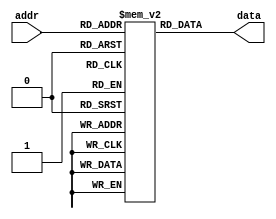
module rom_9(
    input [4:0] addr, 
    output [22:0] data);
    reg  [22:0] mem[17:0];
    initial
        begin
            mem[00] = 23'b00000001000000000000011;
            mem[01] = 23'b00000010000000000001100;
            mem[02] = 23'b00000011000001100000000;
            mem[03] = 23'b00101100000000000000000;
            mem[04] = 23'b01000110000000000000000;
            mem[05] = 23'b00000110000010100100000;
            mem[06] = 23'b01101001000000000000000;
            mem[07] = 23'b00001000001000000000000;
            mem[08] = 23'b10001010000000000000000;
            mem[09] = 23'b00001010001100000000000;
            mem[10] = 23'b00001011010001101010000;
            mem[11] = 23'b10000011000000000000000;
            mem[12] = 23'b01001110000000000000000;
            mem[13] = 23'b00001110000000100100000;
            mem[14] = 23'b00001111001000000000000;
            mem[15] = 23'b00010000000001101010000;
            mem[16] = 23'b00010001100000010001000;
            mem[17] = 23'b10010001000000000000000;
        end
    assign data = mem[addr];
endmodule